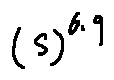
( s ) ^ { 6 . 9 }